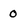
Character: 0